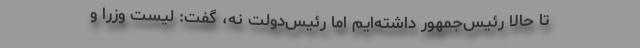
تا حالا رئیس‌جمهور داشته‌ایم امّا رئیس‌دولت نه، گفت: لیست وزرا و